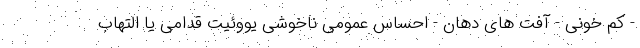
- کم خونی - آفت های دهان - احساس عمومی ناخوشی یووئیت قدامی یا التهاب